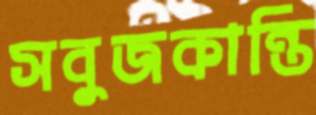
সবুজকান্তি